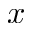
x